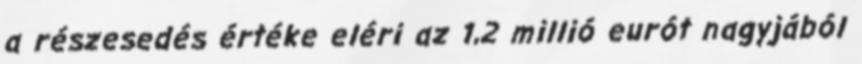
a részesedés értéke eléri az 1,2 millió eurót nagyjából